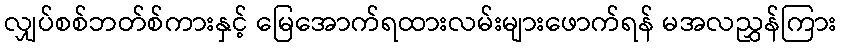
လျှပ်စစ်ဘတ်စ်ကားနှင့် မြေအောက်ရထားလမ်းများဖောက်ရန် မအလညွှန်ကြား